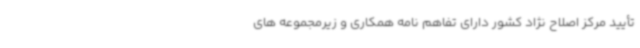
تأیید مرکز اصلاح نژاد کشور دارای تفاهم نامه همکاری و زیرمجموعه های